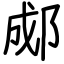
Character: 郕